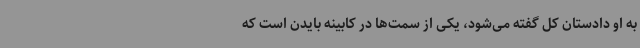
به او دادستان کل گفته می‌شود، یکی از سمت‌ها در کابینه بایدن است که